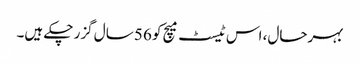
بہرحال، اس ٹیسٹ میچ کو 56 سال گزر چکے ہیں۔